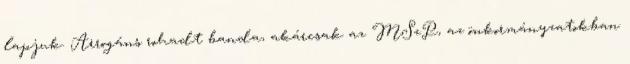
lapjuk. Arrogáns rohadt banda, akárcsak az MSzP, az önkormányzatokban